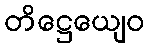
တိဋ္ဌေယျေဝ